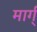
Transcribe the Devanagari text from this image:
मार्ग्